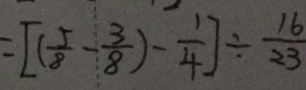
= [ ( \frac { 5 } { 8 } - \frac { 3 } { 8 } ) - \frac { 1 } { 4 } ] \div \frac { 1 6 } { 2 3 }